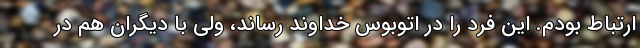
ارتباط بودم. این فرد را در اتوبوس خداوند رساند، ولی با دیگران هم در